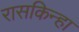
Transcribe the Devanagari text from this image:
रासकिन्हा